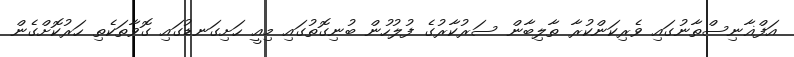
އަފްޣާނިސްތާނުގައި ވެރިކަންކުރާ ތާލިބާން ސަރުކާރުގެ ފުލުހުން ބުނިގޮތުގައި މިއީ ހަށިގަނޑުގައި ގޮވާތަކެތި ހަރުކޮށްގެން